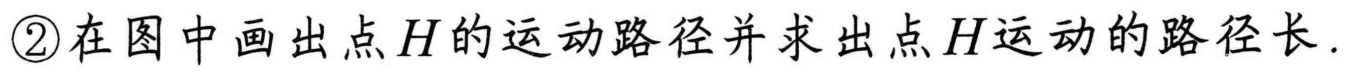
\textcircled{2}在图中画出点\(H\)的运动路径并求出点\(H\)运动的路径长.